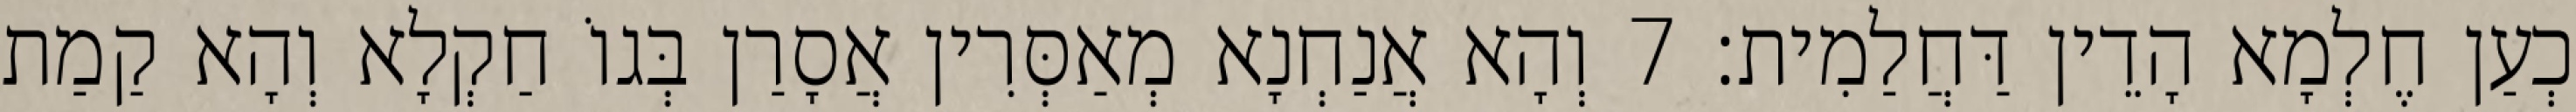
כְעַן חֶלְמָא הָדֵין דַּחֲלַמִית׃ 7 וְהָא אֲנַחְנָא מְאַסְּרִין אֲסָרַן בְּגוֹ חַקְלָא וְהָא קַמַת